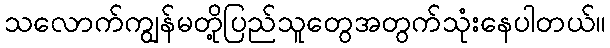
သလောက်ကျွန်မတို့ပြည်သူတွေအတွက်သုံးနေပါတယ်။